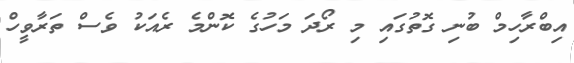
އިބްރާހިމް ބުނި ގޮތުގައި މި ރޯދަ މަހުގެ ކޮންމެ ރެއަކު ވެސް ތަރާވީހް